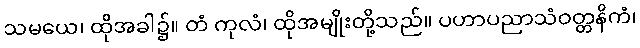
သမယေ၊ ထိုအခါ၌။ တံ ကုလံ၊ ထိုအမျိုးတို့သည်။ ပဟာပညာသံဝတ္တနိကံ၊